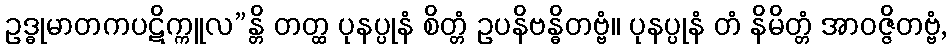
ဥဒ္ဓုမာတကပဋိက္ကူလ”န္တိ တတ္ထ ပုနပ္ပုနံ စိတ္တံ ဥပနိဗန္ဓိတဗ္ဗံ။ ပုနပ္ပုနံ တံ နိမိတ္တံ အာဝဇ္ဇိတဗ္ဗံ,